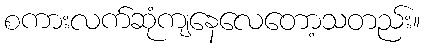
စကားလက်ဆုံကျနေလေတော့သတည်း။